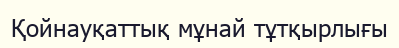
Қойнауқаттық мұнай тұтқырлығы